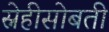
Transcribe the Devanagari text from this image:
स्नेहीसोबती